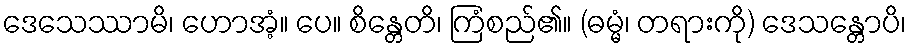
ဒေသေဿာမိ၊ ဟောအံ့။ ပေ။ စိန္တေတိ၊ ကြံစည်၏။ (ဓမ္မံ၊ တရားကို) ဒေသန္တောပိ၊